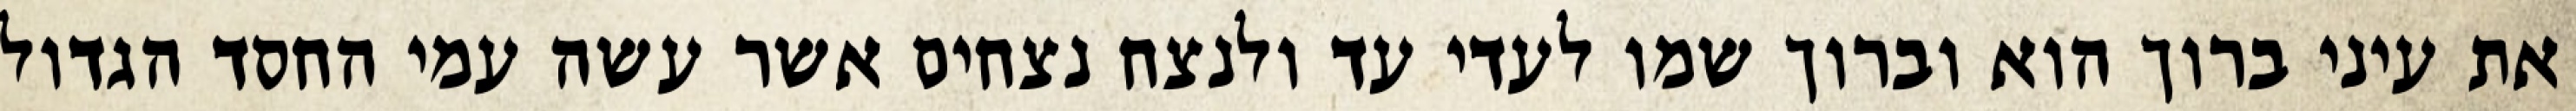
את עיני ברוך הוא וברוך שמו לעדי עד ולנצח נצחים אשר עשה עמי החסד הגדול